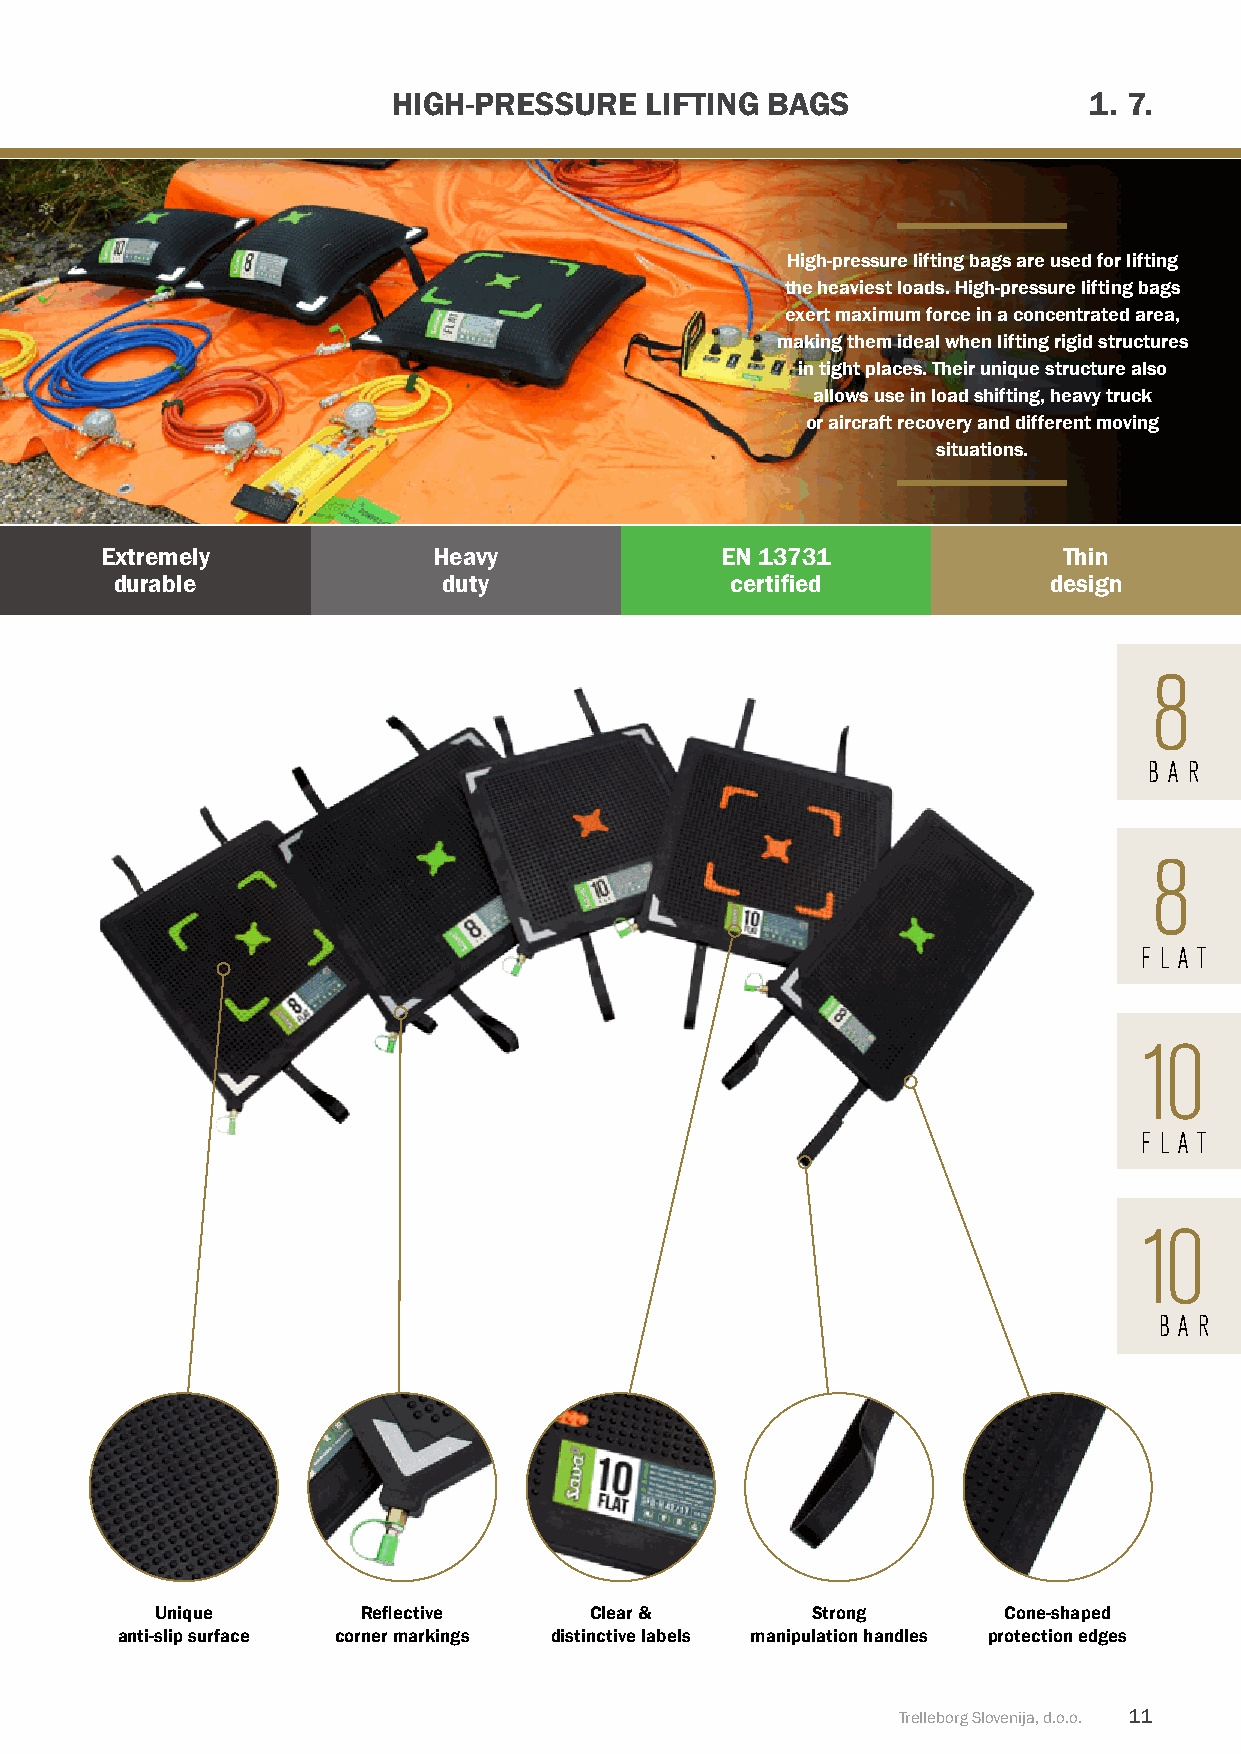
hIGh-PRESSuRE    LIFTInG BAGS                 1. 7.
 high-pressure lifting bags are used for lifting
 the heaviest loads. high-pressure lifting bags
 exert maximum force in a concentrated area,
 making them ideal when lifting rigid structures
 in tight places. Their unique structure also
 allows use in load shifting, heavy truck
 or aircraft recovery and different moving
 situations.
 use on all grounds Extremely heavy              EN 13731              Thin
 (rock, glass, metal) durable duty               certified            design
 8
 B A R
 8
 F L A T
 10
 F L A T
 10
 B A R
 unique        Reflective     Clear &        Strong      Cone-shaped
 anti-slip surface corner markings distinctive labels manipulation handles protection edges
 Trelleborg Slovenija, d.o.o. 11